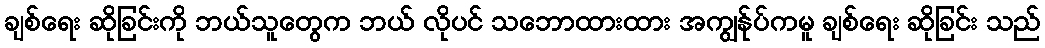
ချစ်ရေး ဆိုခြင်းကို ဘယ်သူတွေက ဘယ် လိုပင် သဘောထားထား အကျွန်ုပ်ကမူ ချစ်ရေး ဆိုခြင်း သည်